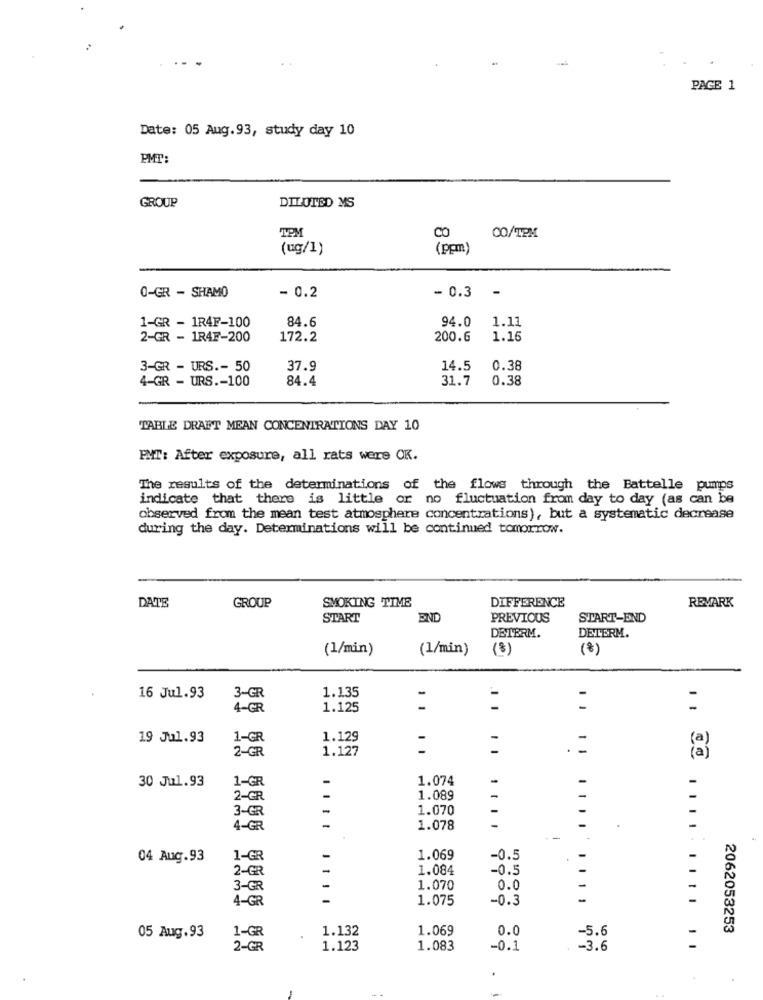
PAGE 1
Date: 05 Aug.93, study day 10
PMT:
GROUP
DILUTED MS
TPM
CO
CO/TPM
(ug/1)
(ppm)
- 0.2
- 0.3 -
0-GR - SHAMO
1-GR - 1R4F-100
84.6
94.0
1.11
2-GR - 1R4F-200
172.2
200.6
1.16
3-GR - URS .- 50
37.9
14.5
0.38
4-GR - URS .- 100
84.4
31.7
0.38
TABLE DRAFT MEAN CONCENTRATIONS DAY 10
FMT: After exposure, all rats were OK.
The results of the determinations of the flows through the Battelle pumps
indicate that there is little or no fluctuation from day to day (as can be
observed from the mean test atmosphere concentrations), but a systematic decrease
during the day. Determinations will be continued tomorrow.
SMOKING TIME
DIFFERENCE
DATE
GROUP
REMARK
START
END
PREVIOUS
START-END
DETERM.
DETERM.
(1/min)
(1/min)
(3)
(8)
3-GR
1.135
16 Jul.93
-
-
-
-
4-GR
1.125
1 1
19 Jul.93
1-GR
1.129
2-GR
1.127
.=
30 Jul.93
1-GR
1.074
-
2-GR
1.089
3-GR
-
1.070
4-GR
-
1.078
-
.
04 Aug.93
1-GR
1.069
-0.5
2-GR
1.084
-0.5
3-GR
1.070
0.0
4-GR
1.075
-0.3
1-GR
1.132
1.069
0.0
-5.6
2062053253
05 Aug.93
2-GR
1.123
1.083
-0.1
-3.6
..... ... . ..